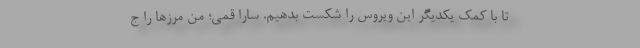
تا با کمک یکدیگر این ویروس را شکست بدهیم. سارا قمی؛ من مرزها را ج